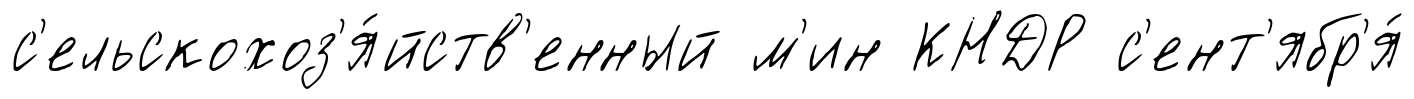
с'ельскохоз'я́йств'енный м'ин КНДР с'ент'ябр'я́